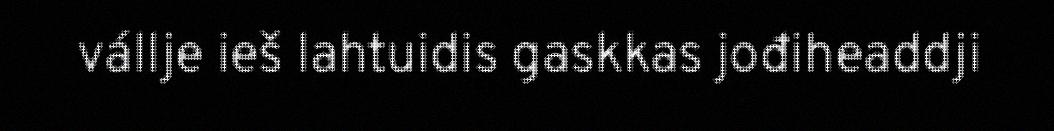
vállje ieš lahtuidis gaskkas jođiheaddji